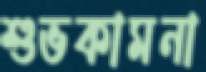
শুভকামনা